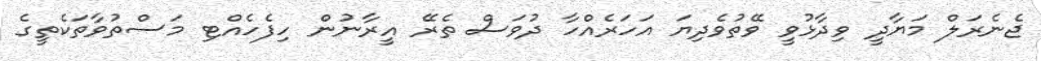
ޖެނެރަލް މަޔާދީ ވިދާޅުވީ ވޭތުވެދިޔަ އަހަރެއްހާ ދުވަސް ތެރޭ އީރާނުން ހިފެެހެއްޓި މަސްތުވާތަކެތީގެ